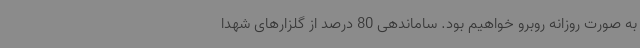
به صورت روزانه روبرو خواهیم بود. ساماندهی 80 درصد از گلزارهای شهدا